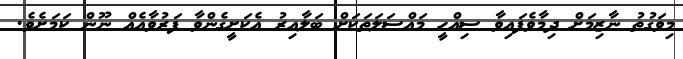
މިވަގުތު ނާޒިމަށް ދިމާވެފައިވާ ސިއްހީ މައްސަލަތަކަށް ބަލާއިރު އެކަށީގެންވާ ފަރުވާއެއް ނޫން ކަމަށެވެ.